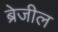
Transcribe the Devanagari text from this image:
ब्रेजील